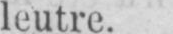
leutre.